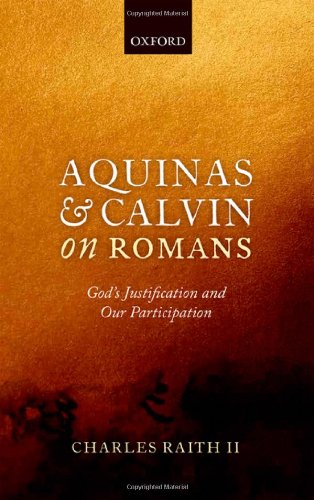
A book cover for Aquinas and Calvin on Romans: God's Justification and Our Participation; Charles Raith II; Christian Books & Bibles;